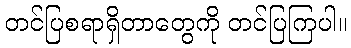
တင်ပြစရာရှိတာတွေကို တင်ပြကြပါ။